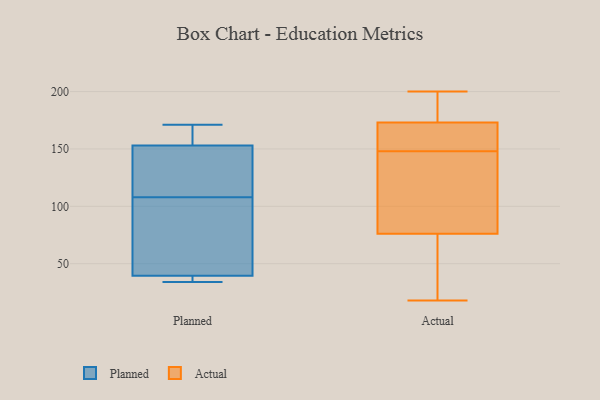
{"axis": {"x": "Page Views", "y": "Value"}, "legend": ["Actual", "Planned"], "data": [{"x": "", "y": 43, "type": "Planned"}, {"x": "", "y": 36, "type": "Planned"}, {"x": "", "y": 34, "type": "Planned"}, {"x": "", "y": 112, "type": "Planned"}, {"x": "", "y": 156, "type": "Planned"}, {"x": "", "y": 150, "type": "Planned"}, {"x": "", "y": 112, "type": "Planned"}, {"x": "", "y": 60, "type": "Planned"}, {"x": "", "y": 171, "type": "Planned"}, {"x": "", "y": 104, "type": "Planned"}, {"x": "", "y": 34, "type": "Planned"}, {"x": "", "y": 169, "type": "Planned"}, {"x": "", "y": 29, "type": "Actual"}, {"x": "", "y": 173, "type": "Actual"}, {"x": "", "y": 196, "type": "Actual"}, {"x": "", "y": 66, "type": "Actual"}, {"x": "", "y": 177, "type": "Actual"}, {"x": "", "y": 18, "type": "Actual"}, {"x": "", "y": 67, "type": "Actual"}, {"x": "", "y": 128, "type": "Actual"}, {"x": "", "y": 178, "type": "Actual"}, {"x": "", "y": 106, "type": "Actual"}, {"x": "", "y": 76, "type": "Actual"}, {"x": "", "y": 166, "type": "Actual"}, {"x": "", "y": 200, "type": "Actual"}, {"x": "", "y": 157, "type": "Actual"}, {"x": "", "y": 173, "type": "Actual"}, {"x": "", "y": 172, "type": "Actual"}, {"x": "", "y": 109, "type": "Actual"}, {"x": "", "y": 139, "type": "Actual"}]}